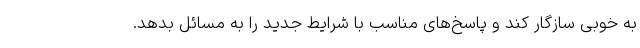
به خوبی سازگار کند و پاسخ‌های مناسب با شرایط جدید را به مسائل بدهد.